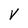
Character: V